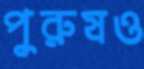
পুরুষও